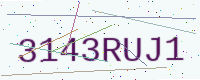
Text: 3143RUJ1